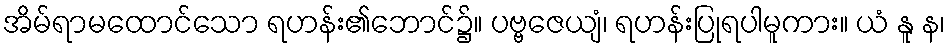
အိမ်ရာမထောင်သော ရဟန်း၏ဘောင်၌။ ပဗ္ဗဇေယျံ၊ ရဟန်းပြုရပါမူကား။ ယံ နူ န၊